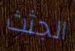
الجثث